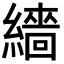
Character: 繬